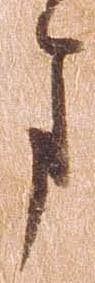
ま